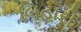
બિહારી